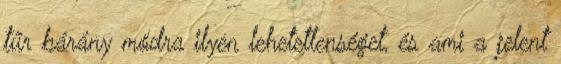
tűr bárány módra ilyen lehetetlenséget, és ami a jelent